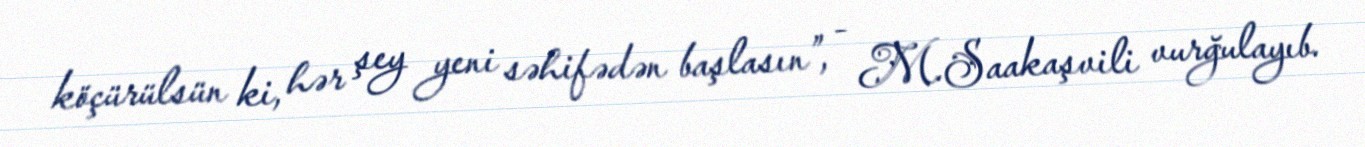
köçürülsün ki, hər şey yeni səhifədən başlasın”, - M.Saakaşvili vurğulayıb.